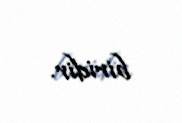
biridir.